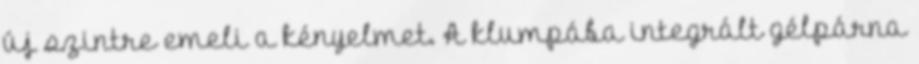
új szintre emeli a kényelmet. A klumpába integrált gélpárna